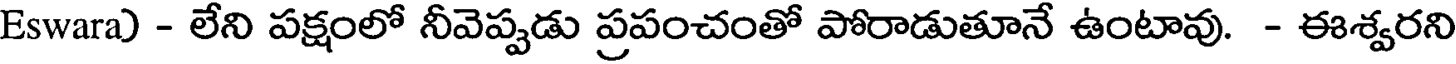
Eswara) - లేని పక్షంలో నీవెప్పడు ప్రపంచంతో పోరాడుతూనే ఉంటావు. - ఈశ్వరని